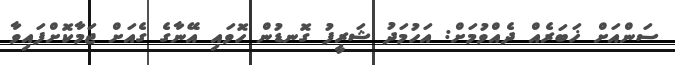
ސަންއަށް ޚަބަރެއް ދެއްވުމަށް: އަހުމަދު ޝަރީފު ގޮނޑުން ހޮވައި އޭނާގެ ގެއަށް ޖަމާކޮށްފައިވާ